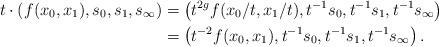
LaTeX: \begin{align*} t \cdot (f(x_0,x_1),s_0,s_1,s_\infty) &= \left(t^{2g}f(x_0/t,x_1/t), t^{-1}s_0, t^{-1}s_1, t^{-1}s_\infty \right)\\ &= \left(t^{-2}f(x_0,x_1), t^{-1}s_0, t^{-1}s_1, t^{-1}s_\infty \right). \end{align*}